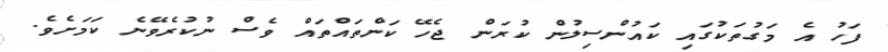
ފަހު އެ މަގުތަކުގައި ކައުންސިލުން ކުރަން ޖެހޭ ކަންތައްތައް ވެސް ނުކުރެވޭނެ ކަމަށެވެ.